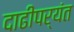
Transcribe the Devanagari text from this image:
दाढीपर्यंत